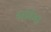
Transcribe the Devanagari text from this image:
बाजिया